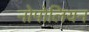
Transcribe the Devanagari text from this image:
नोपोलियन